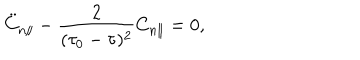
\ddot { C } _ { n \parallel } - \frac { 2 } { ( \tau _ { 0 } - \tau ) ^ { 2 } } C _ { n \parallel } = 0 ,